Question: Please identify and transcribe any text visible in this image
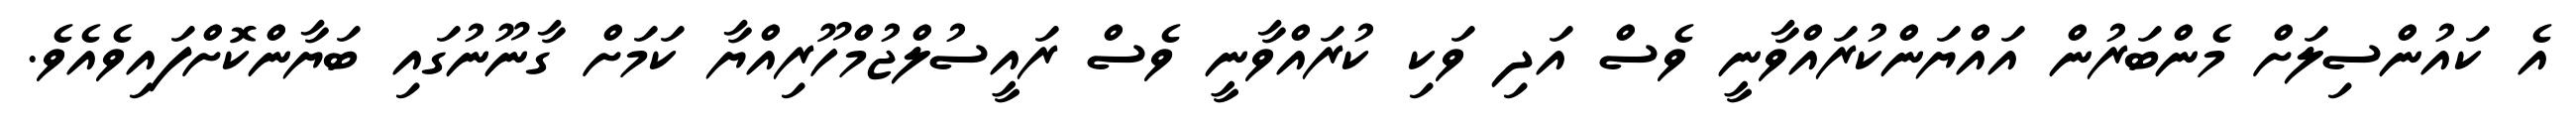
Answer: އެ ކައުންސިލަށް މެންބަރުން އައްޔަންކުރައްވާނީ ވެސް އަދި ވަކި ކުރައްވާނީ ވެސް ރައީސުލްޖުމްހޫރިއްޔާ ކަމަށް ގާނޫނުގައި ބަޔާންކޮށްފައިވެއެވެ.